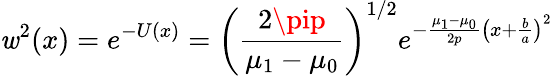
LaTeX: \mathit{w}^{2}(x)=e^{-U(x)}=\left({\frac{{2\pip}}{{\mu_{1}-\mu_{0}}}}\right)^{1/2}e^{-{\frac{{\mu_{1}-\mu_{0}}}{{2p}}}\left(x+{\frac{{b}}{{a}}}\right)^{2}}